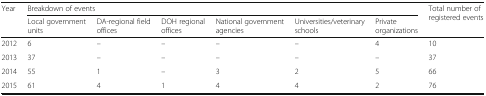
<table><thead><tr><td rowspan="2"><b>Year</b></td><td colspan="6"><b>Breakdown of events</b></td><td rowspan="2"><b>Total number of registered events</b></td></tr><tr><td><b>Local government units</b></td><td><b>DA-regional field offices</b></td><td><b>DOH regional offices</b></td><td><b>National government agencies</b></td><td><b>Universities/veterinary schools</b></td><td><b>Private organizations</b></td></tr></thead><tbody><tr><td>2012</td><td>6</td><td>–</td><td>–</td><td>–</td><td>–</td><td>4</td><td>10</td></tr><tr><td>2013</td><td>37</td><td>–</td><td>–</td><td>–</td><td>–</td><td>–</td><td>37</td></tr><tr><td>2014</td><td>55</td><td>1</td><td>–</td><td>3</td><td>2</td><td>5</td><td>66</td></tr><tr><td>2015</td><td>61</td><td>4</td><td>1</td><td>4</td><td>4</td><td>2</td><td>76</td></tr></tbody></table>